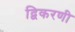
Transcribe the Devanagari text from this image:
द्विकरणी